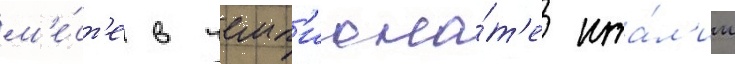
м'е́ст'е в чемп'иона́т'е ита́л'ии